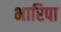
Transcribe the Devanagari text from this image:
भारिपा